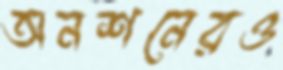
অনশনেরও